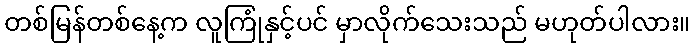
တစ်မြန်တစ်နေ့က လူကြုံနှင့်ပင် မှာလိုက်သေးသည် မဟုတ်ပါလား။